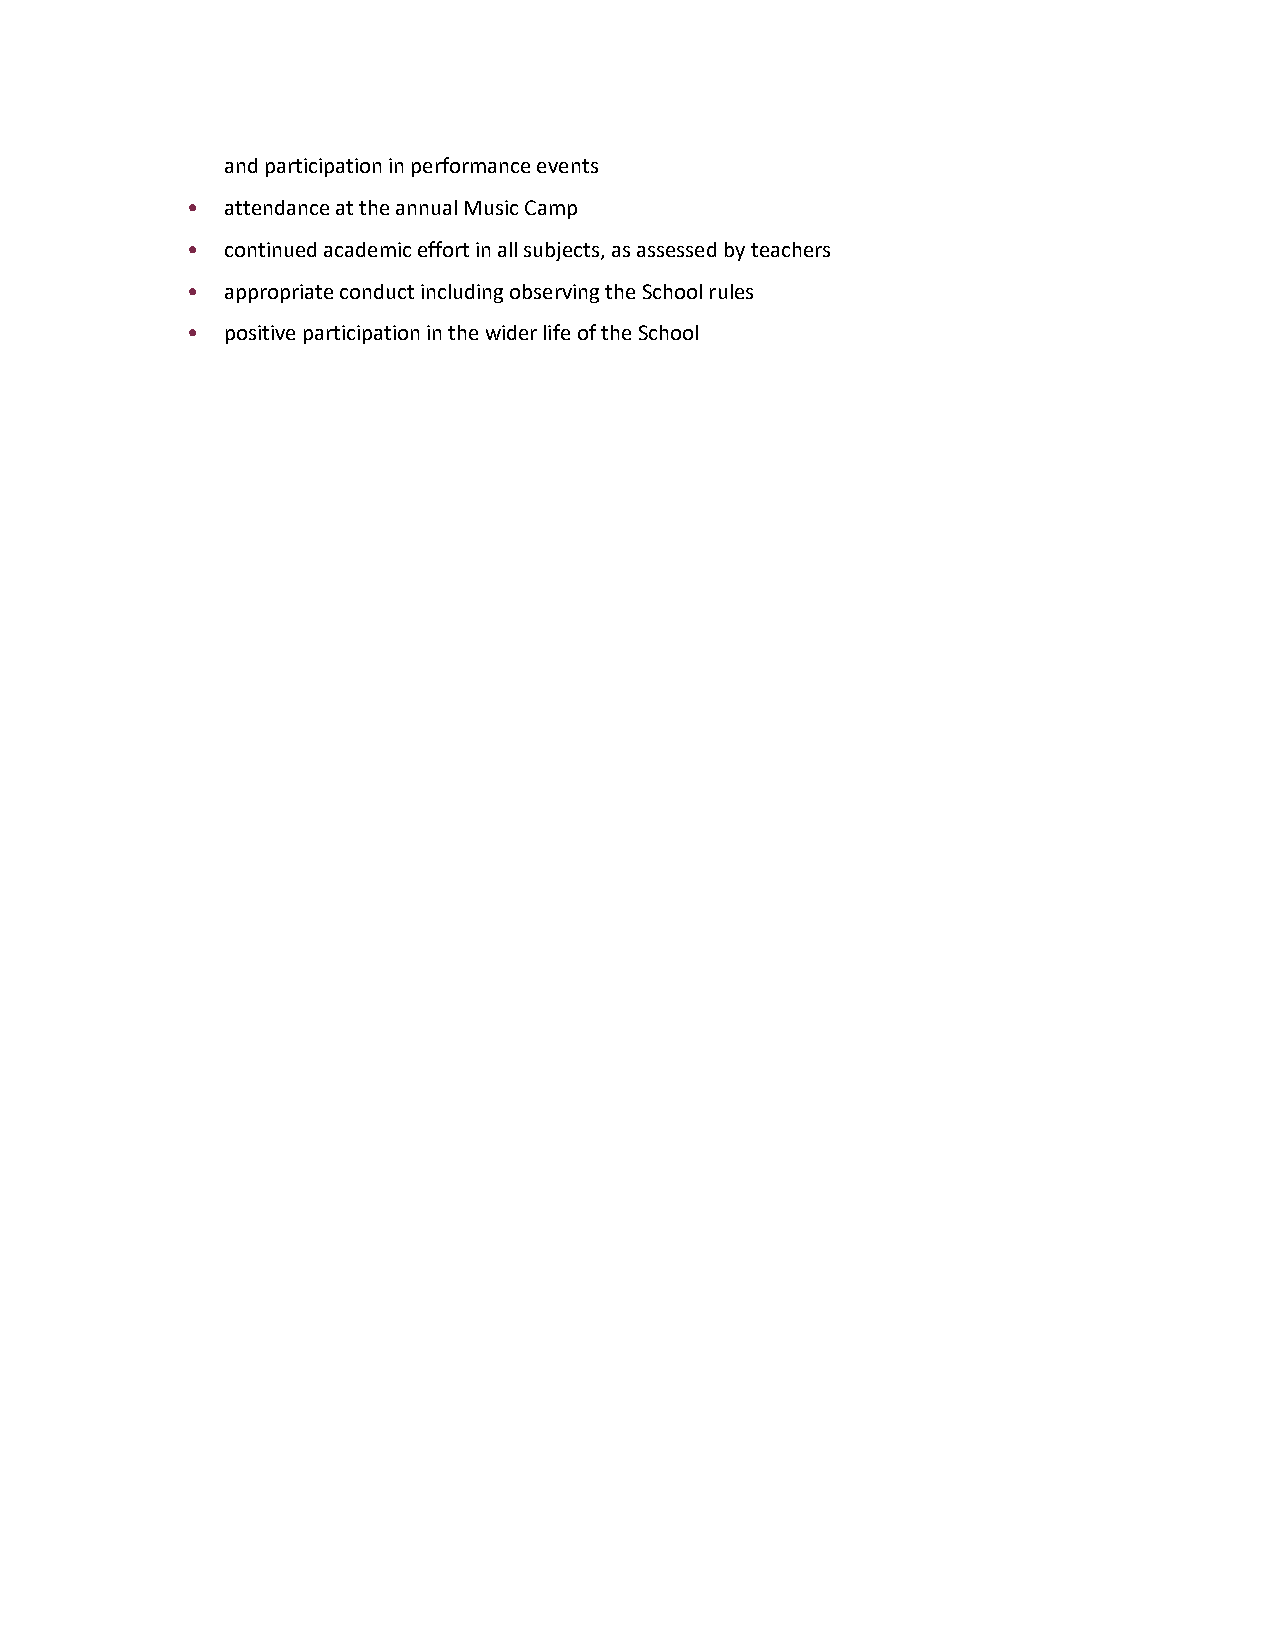
and participation in performance events
 •  attendance at the annual Music Camp
 •  continued academic effort in all subjects, as assessed by teachers
 •  appropriate conduct including observing the School rules
 •  positive participation in the wider life of the School